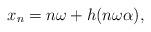
LaTeX: \begin{align*}x_n = n\omega + h(n\omega\alpha),\end{align*}